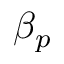
\beta _ { p }